Civil Veterinary Department Bengal reports 1923-33 - 1923-1933
Year: 1923
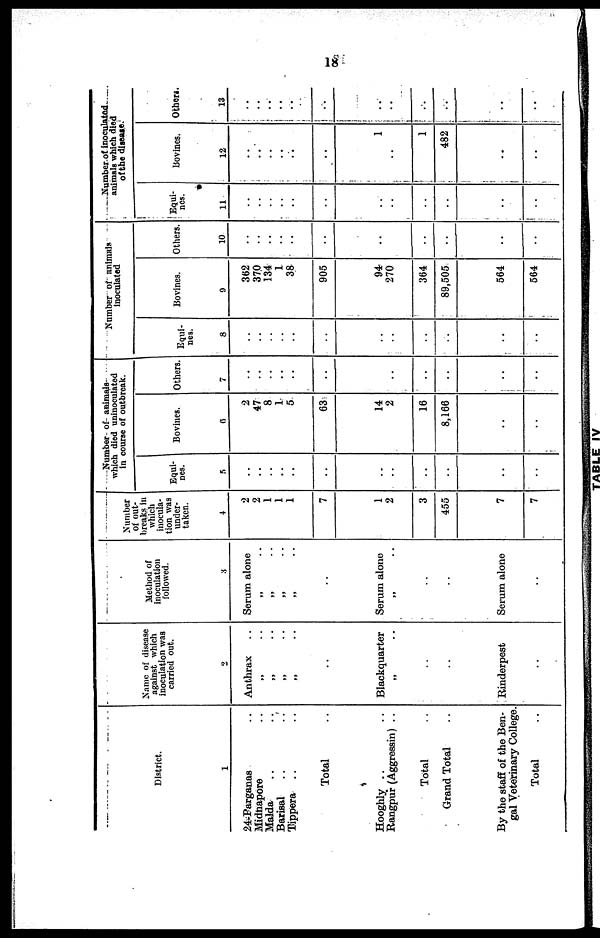
18
District.
1
24-Parganas ..
Midnapore ..
Malda .. ..
Barisal .. ..
Tippera .. ..
Total ..
Hooghly .. ..
Rangpur (Aggressin) ..
Total ..
Grand Total ..
By the staff of the Ben-
gal Veterinary College.
Total ..
Name of disease
against which
inoculation was
carried out.
2
Anthrax
„ ..
„ ..
„ ..
„ ..
..
Blackquarter
„ ..
..
..
Rinderpest
..
Method or
inoculation
followed.
3
Serum alone
„
..
„ ..
„ ..
„ ..
..
Serum alone
„ ..
..
..
Serum alone
..
Number
of out-
breaks in
which
inocula-
tion was
under-
taken.
4
2
2
1
1
1
7
1
2
3
455
7
7
Number of animals
which died uninoculated
in course of outbreak.
Equi-
nes.
5
..
..
..
..
..
..
..
..
..
..
..
..
Bovines.
6
2
47
8
1
5
63
14
2
16
8,166
..
..
Others.
7
..
..
..
..
..
..
..
..
..
..
..
Number of animals
inoculated
Equi-
nes.
8
..
..
..
..
..
..
..
..
..
..
..
..
Bovines.
9
362
370
134
1
38
905
94
270
364
89,505
564
564
Others.
10
..
..
..
..
..
..
..
..
..
..
..
Number of inoculated
animals which died
of the disease.
Equi-
nes.
11
..
..
..
..
..
..
..
..
..
..
..
..
Bovines.
12
..
..
..
..
..
..
1
..
1
482
..
..
Others.
13
..
..
..
..
..
..
..
..
..
..
..
..